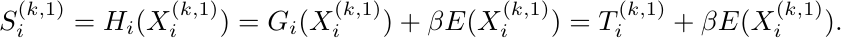
	\begin{equation*}
		S^{(k, 1)}_i = H_{i} (X^{(k, 1)}_i)
		= G_{i} (X^{(k, 1)}_i) + \beta E (X^{(k, 1)}_i)
		= T^{(k, 1)}_i + \beta E (X^{(k, 1)}_i).
	\end{equation*}